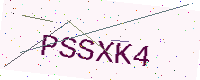
Text: PSSXK4